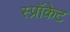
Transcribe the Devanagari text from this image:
स्प्रॉकेट